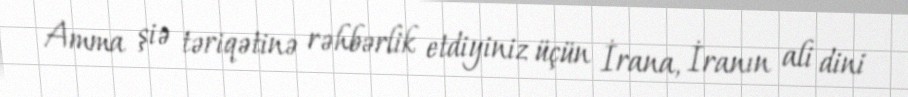
Amma şiə təriqətinə rəhbərlik etdiyiniz üçün İrana, İranın ali dini